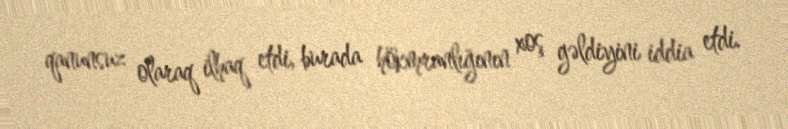
qanunsuz olaraq ilhaq etdi, burada hökmranlığının xoş gəldiyini iddia etdi.